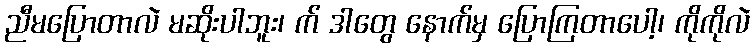
ညီမပြောတာလဲ မဆိုးပါဘူး၊ က် ဒါတွေ နောက်မှ ပြောကြတာပေါ့၊ ကိုကိုလဲ